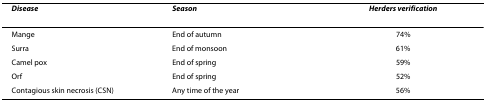
<table><thead><tr><td><b><i>Disease</i></b></td><td><b><i>Season</i></b></td><td><b><i>Herders verification</i></b></td></tr></thead><tbody><tr><td>Mange</td><td>End of autumn</td><td>74%</td></tr><tr><td>Surra</td><td>End of monsoon</td><td>61%</td></tr><tr><td>Camel pox</td><td>End of spring</td><td>59%</td></tr><tr><td>Orf</td><td>End of spring</td><td>52%</td></tr><tr><td>Contagious skin necrosis (CSN)</td><td>Any time of the year</td><td>56%</td></tr></tbody></table>